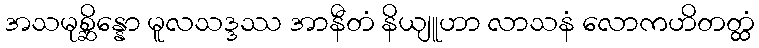
အသမုစ္ဆိန္နော မူလသဒ္ဒဿ အာနီတံ နိယျူဟာ လာသနံ လောကဟိတတ္ထံ